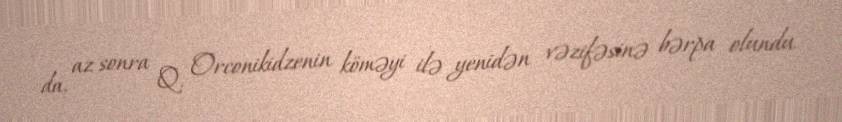
da, az sonra Q. Orconikidzenin köməyi ilə yenidən vəzifəsinə bərpa olundu.